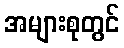
အများစုတွင်